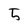
Character: 5